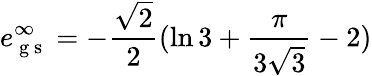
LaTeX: e_{\mathrm{~g~s~}}^{\infty}=-\frac{\sqrt{2}}{2}(\ln{3}+\frac{\pi}{3\sqrt{3}}-2)